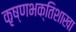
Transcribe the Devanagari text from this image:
कृष्णभक्तिशाखा